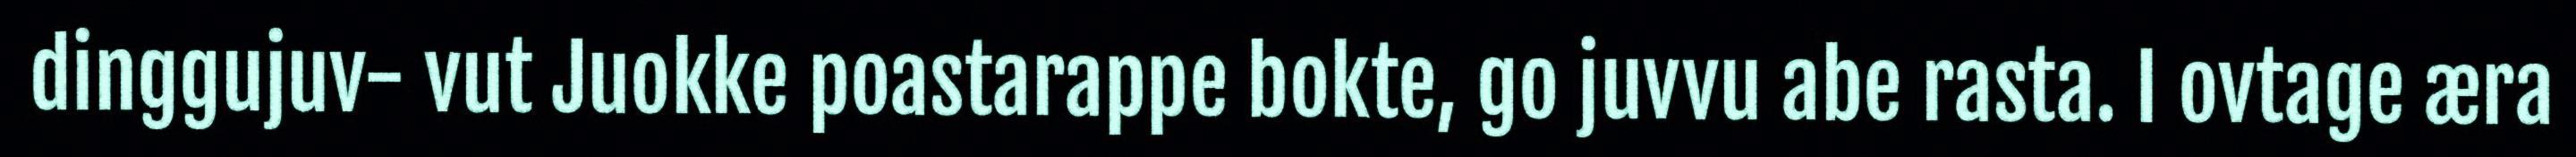
dinggujuv- vut Juokke poastarappe bokte, go juvvu abe rasta. I ovtage æra